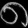
Digit: ၈